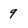
Character: 9